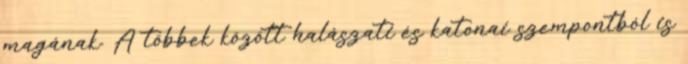
magának. A többek között halászati és katonai szempontból is